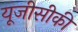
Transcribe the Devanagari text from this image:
यूजीसीकी